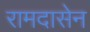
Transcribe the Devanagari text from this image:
रामदासेन